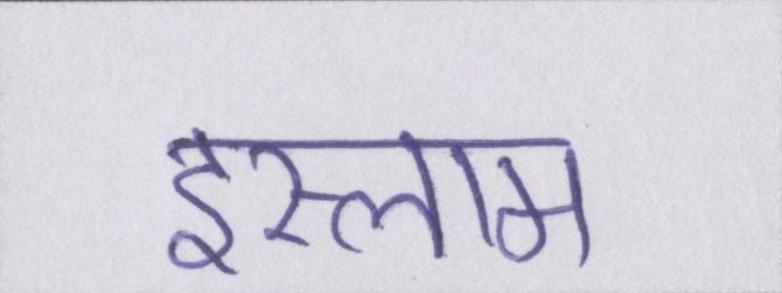
इस्लाम